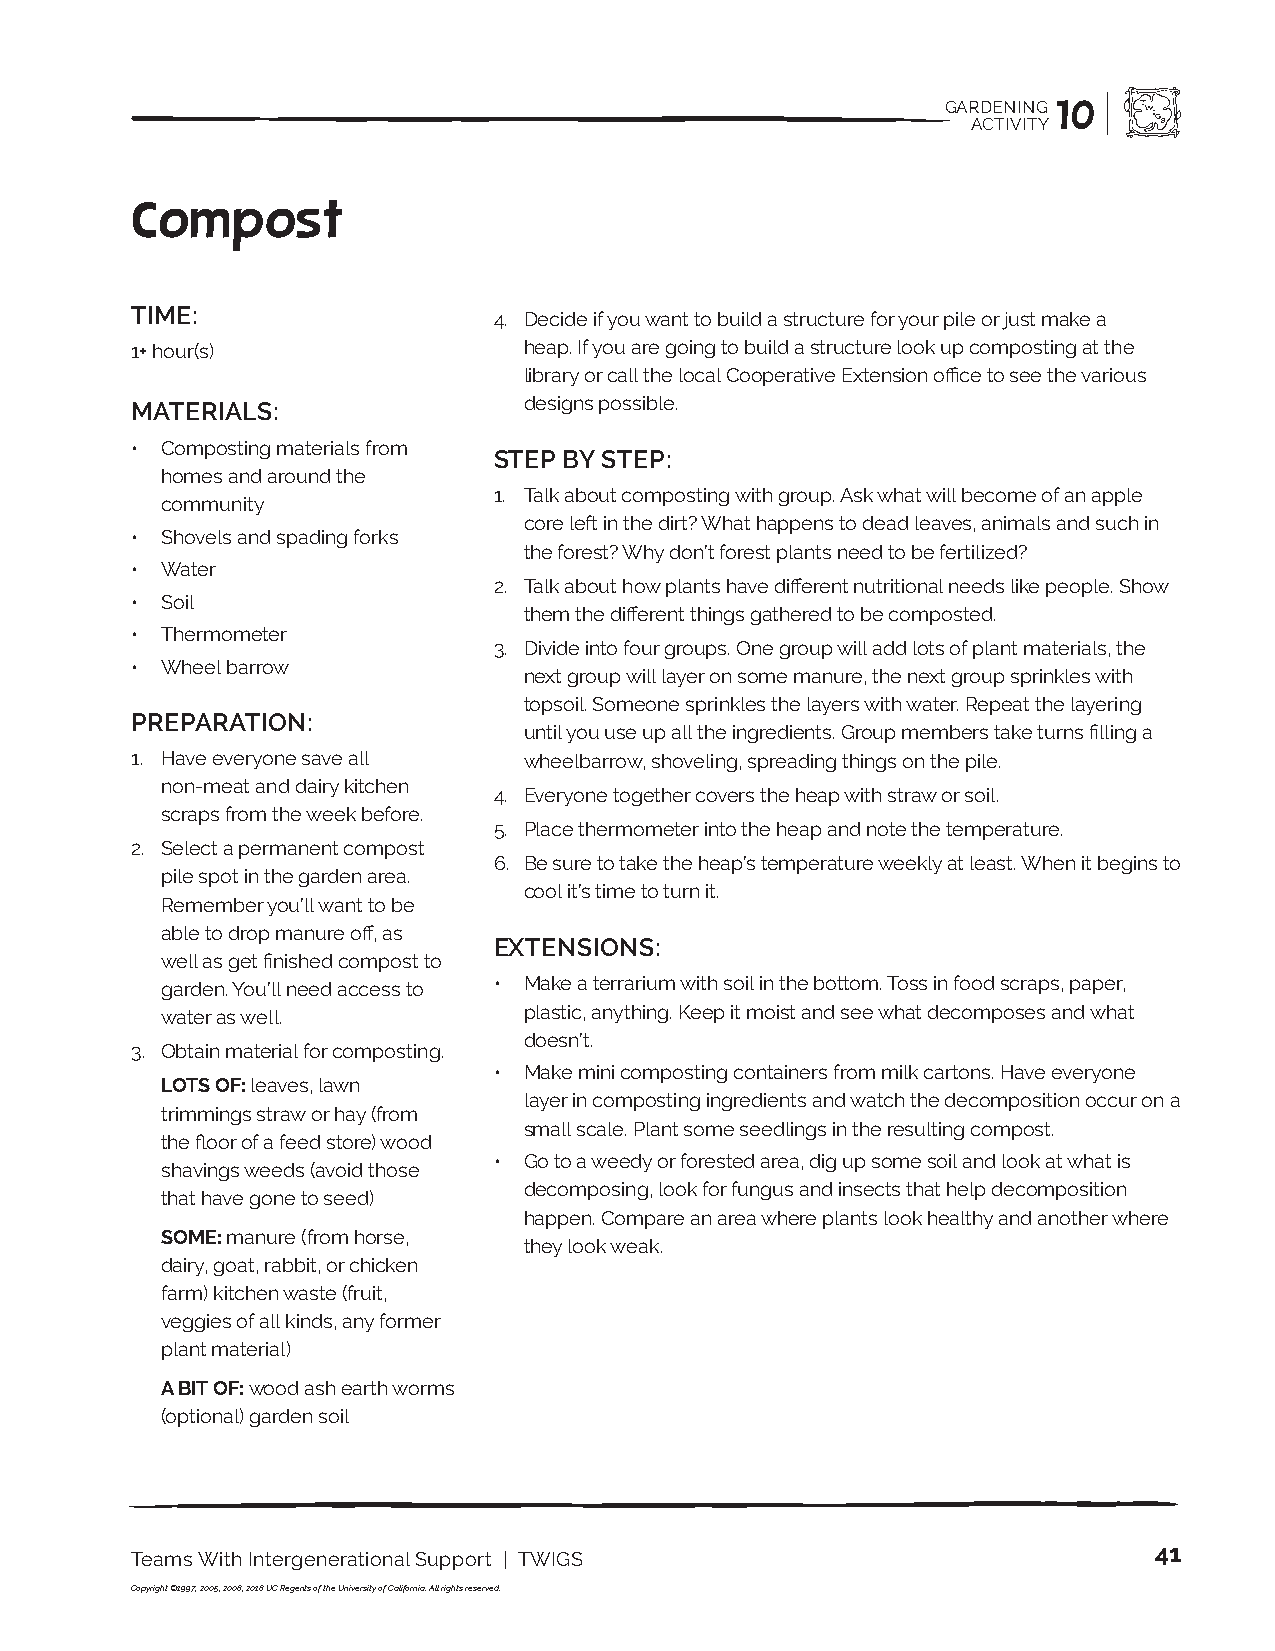
GARDENING 10
 ACTIVITY
 Compost
 TIME:                   4. Decide if you want to build a structure for your pile or just make a
 1+ hour(s)                heap. If you are going to build a structure look up composting at the
 library or call the local Cooperative Extension office to see the various
 designs possible.
 MATERIALS:
 • Composting materials from
 STEP BY STEP:
 homes and around the
 1. Talk about composting with group. Ask what will become of an apple
 community
 core left in the dirt? What happens to dead leaves, animals and such in
 • Shovels and spading forks
 the forest? Why don’t forest plants need to be fertilized?
 • Water
 2. Talk about how plants have different nutritional needs like people. Show
 • Soil
 them the different things gathered to be composted.
 • Thermometer
 3. Divide into four groups. One group will add lots of plant materials, the
 • Wheel barrow
 next group will layer on some manure, the next group sprinkles with
 topsoil. Someone sprinkles the layers with water. Repeat the layering
 PREPARATION:
 until you use up all the ingredients. Group members take turns filling a
 1. Have everyone save all wheelbarrow, shoveling, spreading things on the pile.
 non-meat and dairy kitchen
 4. Everyone together covers the heap with straw or soil.
 scraps from the week before.
 5. Place thermometer into the heap and note the temperature.
 2. Select a permanent compost
 6. Be sure to take the heap’s temperature weekly at least. When it begins to
 pile spot in the garden area.
 cool it’s time to turn it.
 Remember you’ll want to be
 able to drop manure off, as
 EXTENSIONS:
 well as get finished compost to
 garden. You’ll need access to • Make a terrarium with soil in the bottom. Toss in food scraps, paper,
 water as well.          plastic, anything. Keep it moist and see what decomposes and what
 doesn’t.
 3. Obtain material for composting.
 • Make mini composting containers from milk cartons. Have everyone
 LOTS OF: leaves, lawn
 layer in composting ingredients and watch the decomposition occur on a
 trimmings straw or hay (from
 small scale. Plant some seedlings in the resulting compost.
 the floor of a feed store) wood
 • Go to a weedy or forested area, dig up some soil and look at what is
 shavings weeds (avoid those
 decomposing, look for fungus and insects that help decomposition
 that have gone to seed)
 happen. Compare an area where plants look healthy and another where
 SOME: manure (from horse,
 they look weak.
 dairy, goat, rabbit, or chicken
 farm) kitchen waste (fruit,
 veggies of all kinds, any former
 plant material)
 A BIT OF: wood ash earth worms
 (optional) garden soil
 41
 Teams With Intergenerational Support | TWIGS
 Copyright ©1997, 2005, 2008, 2018 UC Regents of the University of California. All rights reserved.